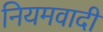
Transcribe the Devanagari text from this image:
नियमवादी